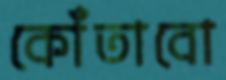
কোঁতাবো